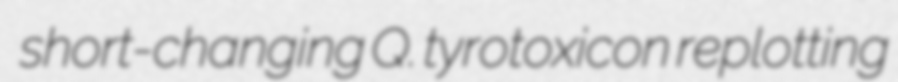
short-changing Q. tyrotoxicon replotting